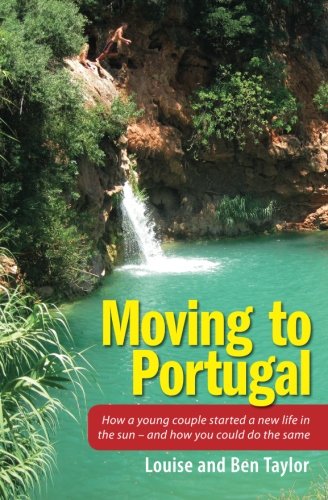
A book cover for Moving to Portugal: How a young couple started a new life in the sun - and how you could do the same; Louise and Ben Taylor; Travel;